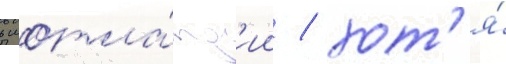
в шотла́нд'ии / хот'я́